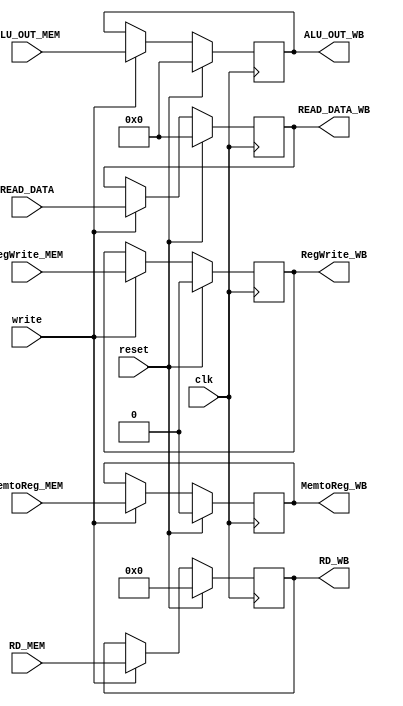
`timescale 1ns / 1ps
//////////////////////////////////////////////////////////////////////////////////
// Company: 
// Engineer: 
// 
// Design Name: 
// Module Name: MEM_WB_red
// Project Name: 
// Target Devices: 
// Tool Versions: 
// Description: 
// 
// Dependencies: 
// 
// Revision:
// Revision 0.01 - File Created
// Additional Comments:
// 
//////////////////////////////////////////////////////////////////////////////////


module MEM_WB_reg(
        input clk, write, reset,
        input RegWrite_MEM,
        input MemtoReg_MEM,
        input [31:0] ALU_OUT_MEM,
        input [4:0] RD_MEM,
        input [31:0] READ_DATA,
        output reg RegWrite_WB,
        output reg MemtoReg_WB,
        output reg [31:0] ALU_OUT_WB,
        output reg [4:0] RD_WB,
        output reg [31:0] READ_DATA_WB
    );
    
     always@(posedge clk) begin
        if (reset) begin
            RegWrite_WB <= 0;
            MemtoReg_WB <= 0;
            ALU_OUT_WB <= 0;
            RD_WB <= 0;
            READ_DATA_WB <= 0;
        end
        else begin
            if(write) begin
                RegWrite_WB <= RegWrite_MEM;
                MemtoReg_WB <= MemtoReg_MEM;
                ALU_OUT_WB <= ALU_OUT_MEM;
                RD_WB <= RD_MEM;
                READ_DATA_WB <= READ_DATA;
            end
        end
    end
    
endmodule